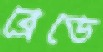
ব্রেডে